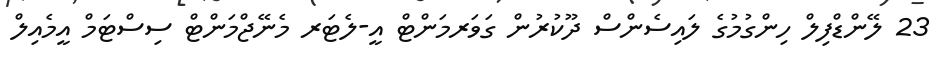
23 ލޭންޑްފިލް ހިންގުމުގެ ލައިސެންސް ދޫކުރުން ގަވަރމަންޓް އީ-ލެޓަރ މެނޭޖްމަންޓް ސިސްޓަމް އީމެއިލް